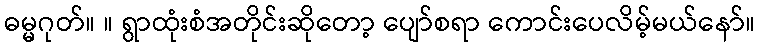
ဓမ္မဂုတ်။ ။ ရွာထုံးစံအတိုင်းဆိုတော့ ပျော်စရာ ကောင်းပေလိမ့်မယ်နော်။